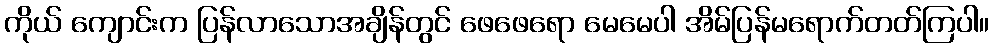
ကိုယ် ကျောင်းက ပြန်လာသောအချိန်တွင် ဖေဖေရော မေမေပါ အိမ်ပြန်မရောက်တတ်ကြပါ။